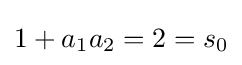
1+a_{1}a_{2}=2=s_{0}